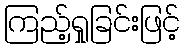
ကြည့်ရှုခြင်းဖြင့်